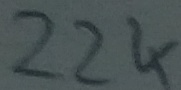
Text: 22K